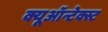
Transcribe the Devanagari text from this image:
क्यूऑन्टेक्स्ट